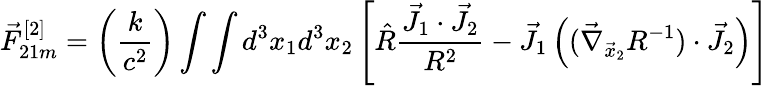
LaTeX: \vec{F}_{21m}^{[2]}=\left(\frac{k}{c^{2}}\right)\int\int d^{3}x_{1}d^{3}x_{2}\left[\hat{R}\frac{\vec{J}_{1}\cdot\vec{J}_{2}}{R^{2}}-\vec{J}_{1}\left((\vec{\nabla}_{\vec{x}_{2}}R^{-1})\cdot\vec{J}_{2}\right)\right]